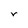
Character: r